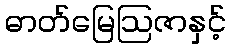
ဓာတ်မြေဩဇာနှင့်